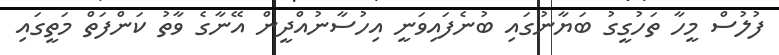
ފުލުސް މީހާ ތަހުގީގު ބަޔާނުގައި ބުނެފައިވަނީ އިހުސާނުއްދީން އޭނާގެ ވާތު ކަންފަތް މަތީގައި